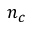
n _ { c }